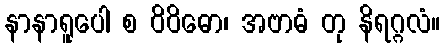
နာနာရူပေါ စ ဝိဝိဓော၊ အဗာဓံ တု နိရဂ္ဂလံ။